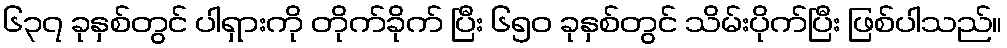
၆၃၇ ခုနှစ်တွင် ပါရှားကို တိုက်ခိုက် ပြီး ၆၅၀ ခုနှစ်တွင် သိမ်းပိုက်ပြီး ဖြစ်ပါသည်။